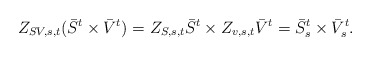
\begin{align*}Z_{SV,s,t}(\bar{S}^{t}\times\bar{V}^{t})=Z_{S,s,t} \bar{S}^{t} \times Z_{v,s,t}\bar{V}^{t}=\bar{S}^{t}_{s}\times\bar{V}^{t}_{s}.\end{align*}